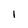
Character: I